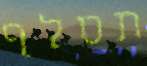
תסלף